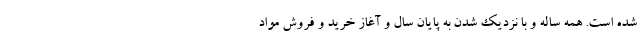
شده است. همه ساله و با نزدیک شدن به پایان سال و آغاز خرید و فروش مواد